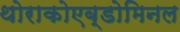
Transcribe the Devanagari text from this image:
थोराकोएब्डोमिनल